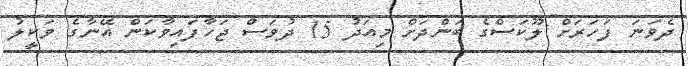
ދެވަނަ ފަހަރަށް ލޫކަސްގެ ބަންދަށް މިއަދު 15 ދުވަސް ޖަހާފައިވާކަން އޭނާގެ ވަކީލު